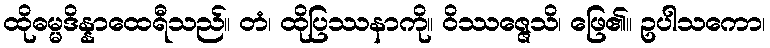
ထိုဓမ္မဒိန္နာထေရီသည်။ တံ၊ ထိုပြဿနာကို။ ဝိဿဇ္ဇေသိ၊ ဖြေ၏။ ဥပါသကော၊